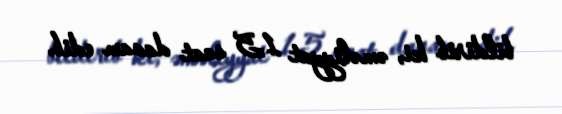
bildirib ki, əməliyyat 1,5 saat davam edib.